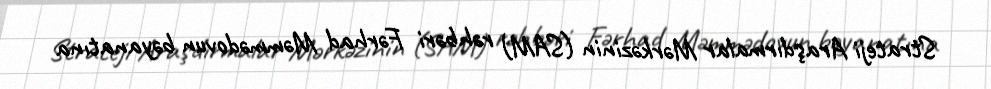
Strateji Araşdırmalar Mərkəzinin (SAM) rəhbəri Fərhad Məmmədovun bəyanatına